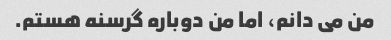
من می دانم، اما من دوباره گرسنه هستم.